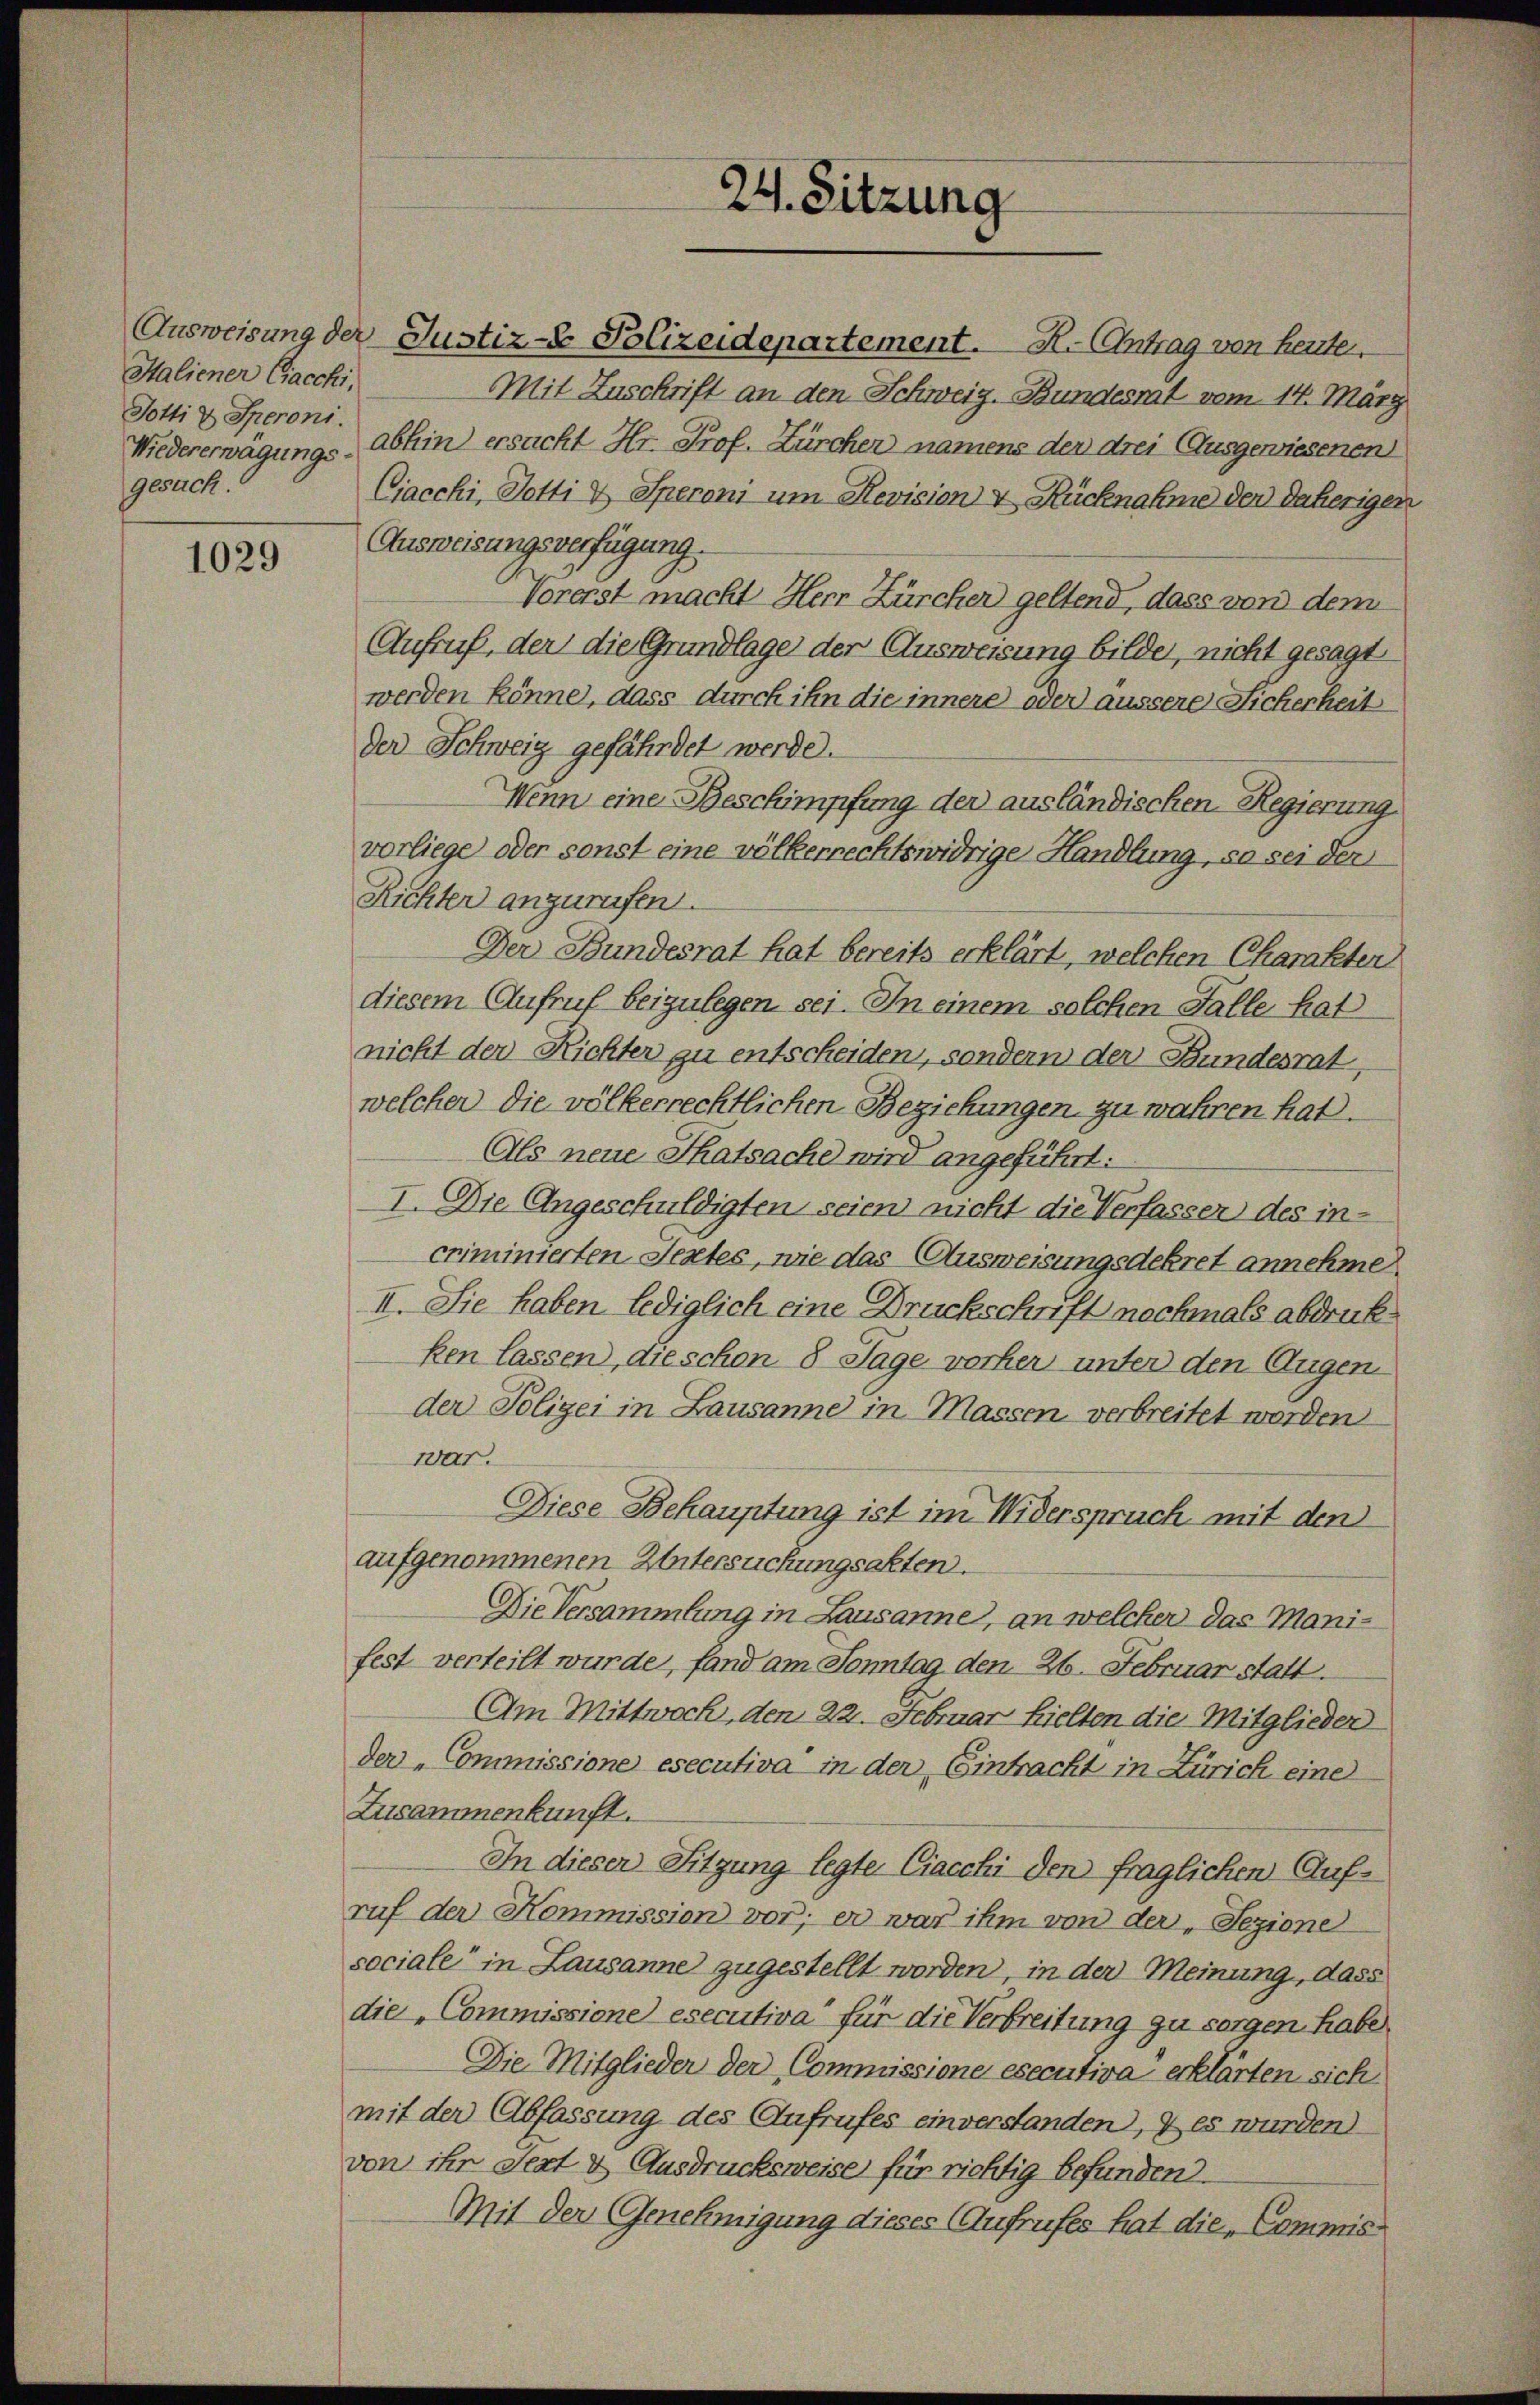
Italiener Ciacchi,
Totti & Speroni.
gesuch.

1029

der Schweig gefährdet werde.
Wenn eine Beschimpfung der ausländischen Regierung
vorliege oder sonst eine völkerrechtswidrige Handlung, so sei der
Richter anzurufen.
Der Bundesrat hat bereits erklärt, welchen Charakten
diesem Aufruf beizulegen sei. In einem solchen Falle hat
nicht der Richter zu entscheiden, sondern der Bundesrat,
welcher die völkerrechtlichen Beziehungen zu wahren hat.
Als neue Thatsache wird angeführt:
I. Die Angeschuldigten seien nicht die Verfasser des incriminierten Jestes, wie das Ausweisungsdekret annehme
II. Sie haben lediglich eine Druckschrift nochmals abdruck
ken lassen, die schon 8 Tage vorher unter den Augen
der Polizei in Lausanne in Massen verbreitet worden
war.
Diese Behauptung ist im Widerspruch mit den
aufgenommenen Untersuchungsakten.
Die Versammlung in Lausanne, an welcher das Manifest verteilt wurde, fand am Sonntag den 26. Februar statt.
Am Mittwoch, den 22. Februar hielten die Mitglieder
der Commissione esecutiva in der Eintracht in Zürich eine
Zusammenkunft.
In dieser Sitzung legte Ciacchi den fraglichen Aufruf der Kommission vor; er war ihm von der „Sezione
sociale in Lausanne zugestellt worden, in der Meinung, dass
die Commissione esecutiva für die Verbreitung zu sorgen habe
Die Mitglieder der Commissione esecutiva erklärten sich
mit der Abfassung des Aufrufes einverstanden), & es wurden)
von ihr Sext & Ausdrucksweise für richtig befunden.
Mit der Genehmigung dieses (Aufrufes hat die Commis¬

Ausweisung der Justiz- Polizeidepartement. R. Antrag von heuten,
Mit Zuschrift an den Schweiz. Bundesrat vom 14. März
Niedererwägungs abhin ersucht Hr. Prof. Zürcher namens der drei Ausgewiesenen
Ciacchi, Potti & Speroni um Revision & Rücknahme der daherigen
Ausweisungsverfügung.
Vorerst macht Herr Zürcher geltend, dass von dem
Aufruf, der die Grundlage der Ausweisung bilde, nicht gesagt
werden könne, dass durch ihn die innere oder äussere Sicherheit

24. Sitzung